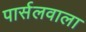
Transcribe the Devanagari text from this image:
पार्सलवाला